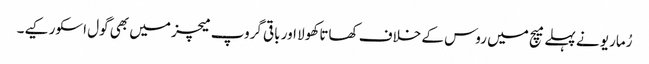
رُماریو نے پہلے میچ میں روس کے خلاف کھاتا کھولا اور باقی گروپ میچز میں بھی گول اسکور کیے۔